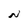
Character: N